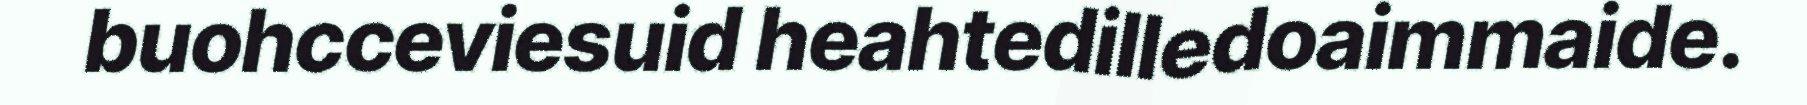
buohcceviesuid heahtedilledoaimmaide.